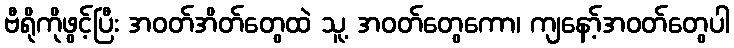
ဗီရိုကိုဖွင့်ပြီး အဝတ်အိတ်တွေထဲ သူ့ အဝတ်တွေကော၊ ကျနော့်အဝတ်တွေပါ